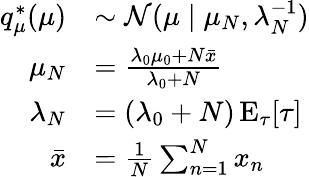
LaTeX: {\begin{array}{rl}{q_{\mu}^{*}(\mu)}&{\sim{\mathcal{N}}(\mu\mid\mu_{N},\lambda_{N}^{-1})}\\ {\mu_{N}}&{={\frac{\lambda_{0}\mu_{0}+N{\bar{x}}}{\lambda_{0}+N}}}\\ {\lambda_{N}}&{=(\lambda_{0}+N)\operatorname{E}_{\tau}[\tau]}\\ {{\bar{x}}}&{={\frac{1}{N}}\sum_{n=1}^{N}x_{n}}\end{array}}